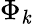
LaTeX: \Phi_{\mathit{k}}